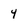
Character: y